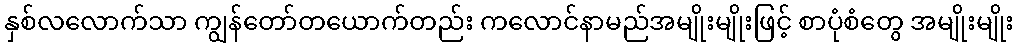
နှစ်လလောက်သာ ကျွန်တော်တယောက်တည်း ကလောင်နာမည်အမျိုးမျိုးဖြင့် စာပုံစံတွေ အမျိုးမျိုး